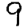
Digit: 9